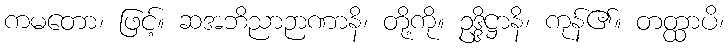
ကမတော၊ ဖြင့်။ ဆအဘိညာဉာဏာနိ၊ တို့ကို။ ဥဒ္ဒိဋ္ဌာနိ၊ ကုန်၏။ တတ္ထာပိ၊